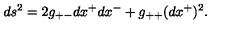
d s ^ { 2 } = 2 g _ { + - } d x ^ { + } d x ^ { - } + g _ { + + } ( d x ^ { + } ) ^ { 2 } .